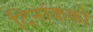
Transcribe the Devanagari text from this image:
दिनांकको